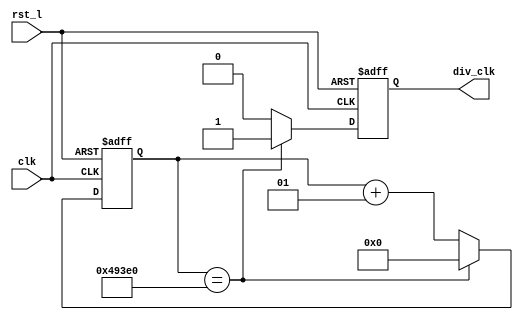
`timescale 1ns/1ps

module clock_divider
#(
	parameter N=300_000
)
(
	input   clk,
	input   rst_l,
	output reg div_clk
);

	integer clk_count;
	initial begin
		clk_count = 0;
		div_clk = 0;
	end

	always @(posedge clk, negedge rst_l) begin
		// reset behavior:
		if (!rst_l) begin
			clk_count <= 0;
			div_clk <= 0;
		end

		else begin
			if(clk_count == N) begin
				clk_count<=0;
				div_clk <= 1;
			end
			else begin 
				clk_count <= clk_count + 1;
				div_clk <= 0;
			end
		end
	end
	endmodule